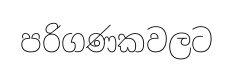
පරිගණකවලට